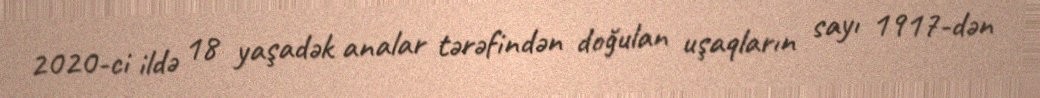
2020-ci ildə 18 yaşadək analar tərəfindən doğulan uşaqların sayı 1917-dən